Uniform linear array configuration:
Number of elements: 48
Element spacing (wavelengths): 0.75
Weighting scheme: blackman
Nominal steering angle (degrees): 45
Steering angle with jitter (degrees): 44.505
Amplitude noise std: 0.05
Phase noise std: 0.05

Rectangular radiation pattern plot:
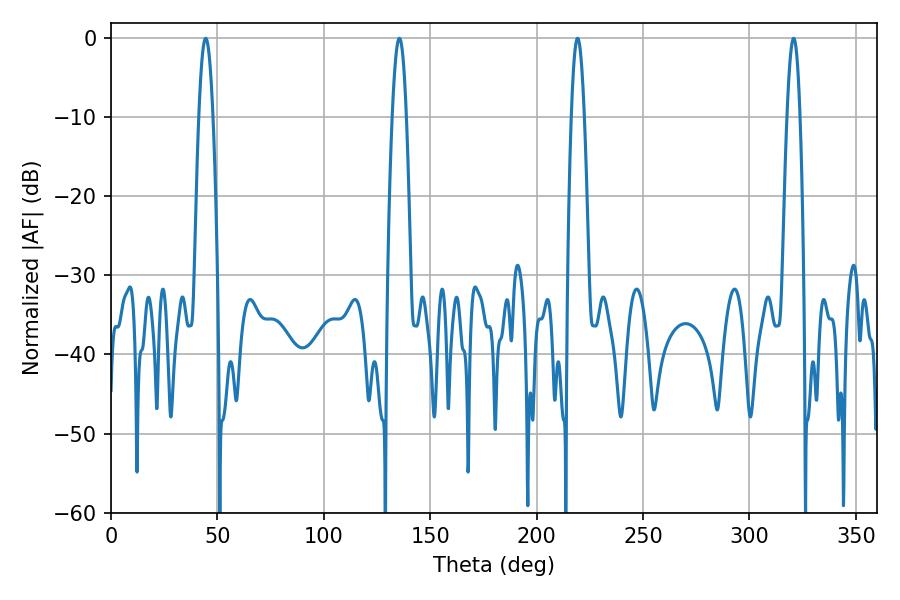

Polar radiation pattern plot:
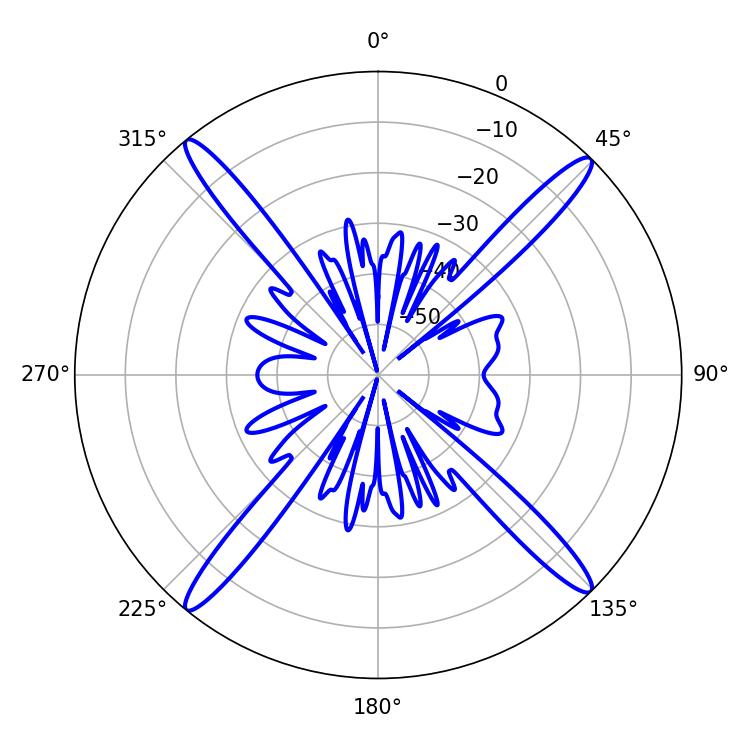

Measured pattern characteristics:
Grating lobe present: TRUE
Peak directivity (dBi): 20.881
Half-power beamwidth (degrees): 3.24
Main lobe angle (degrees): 219.24